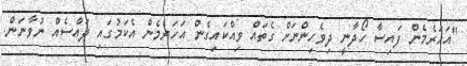
"އަހަރެމެން ފައިސާ ހޯދާނީ ދިވެހިންނަށް ގެތައް ވިއްކައިގެން އަހަރެމެން އެކަމުގައި ދައްސެއް ނުވާނަން.